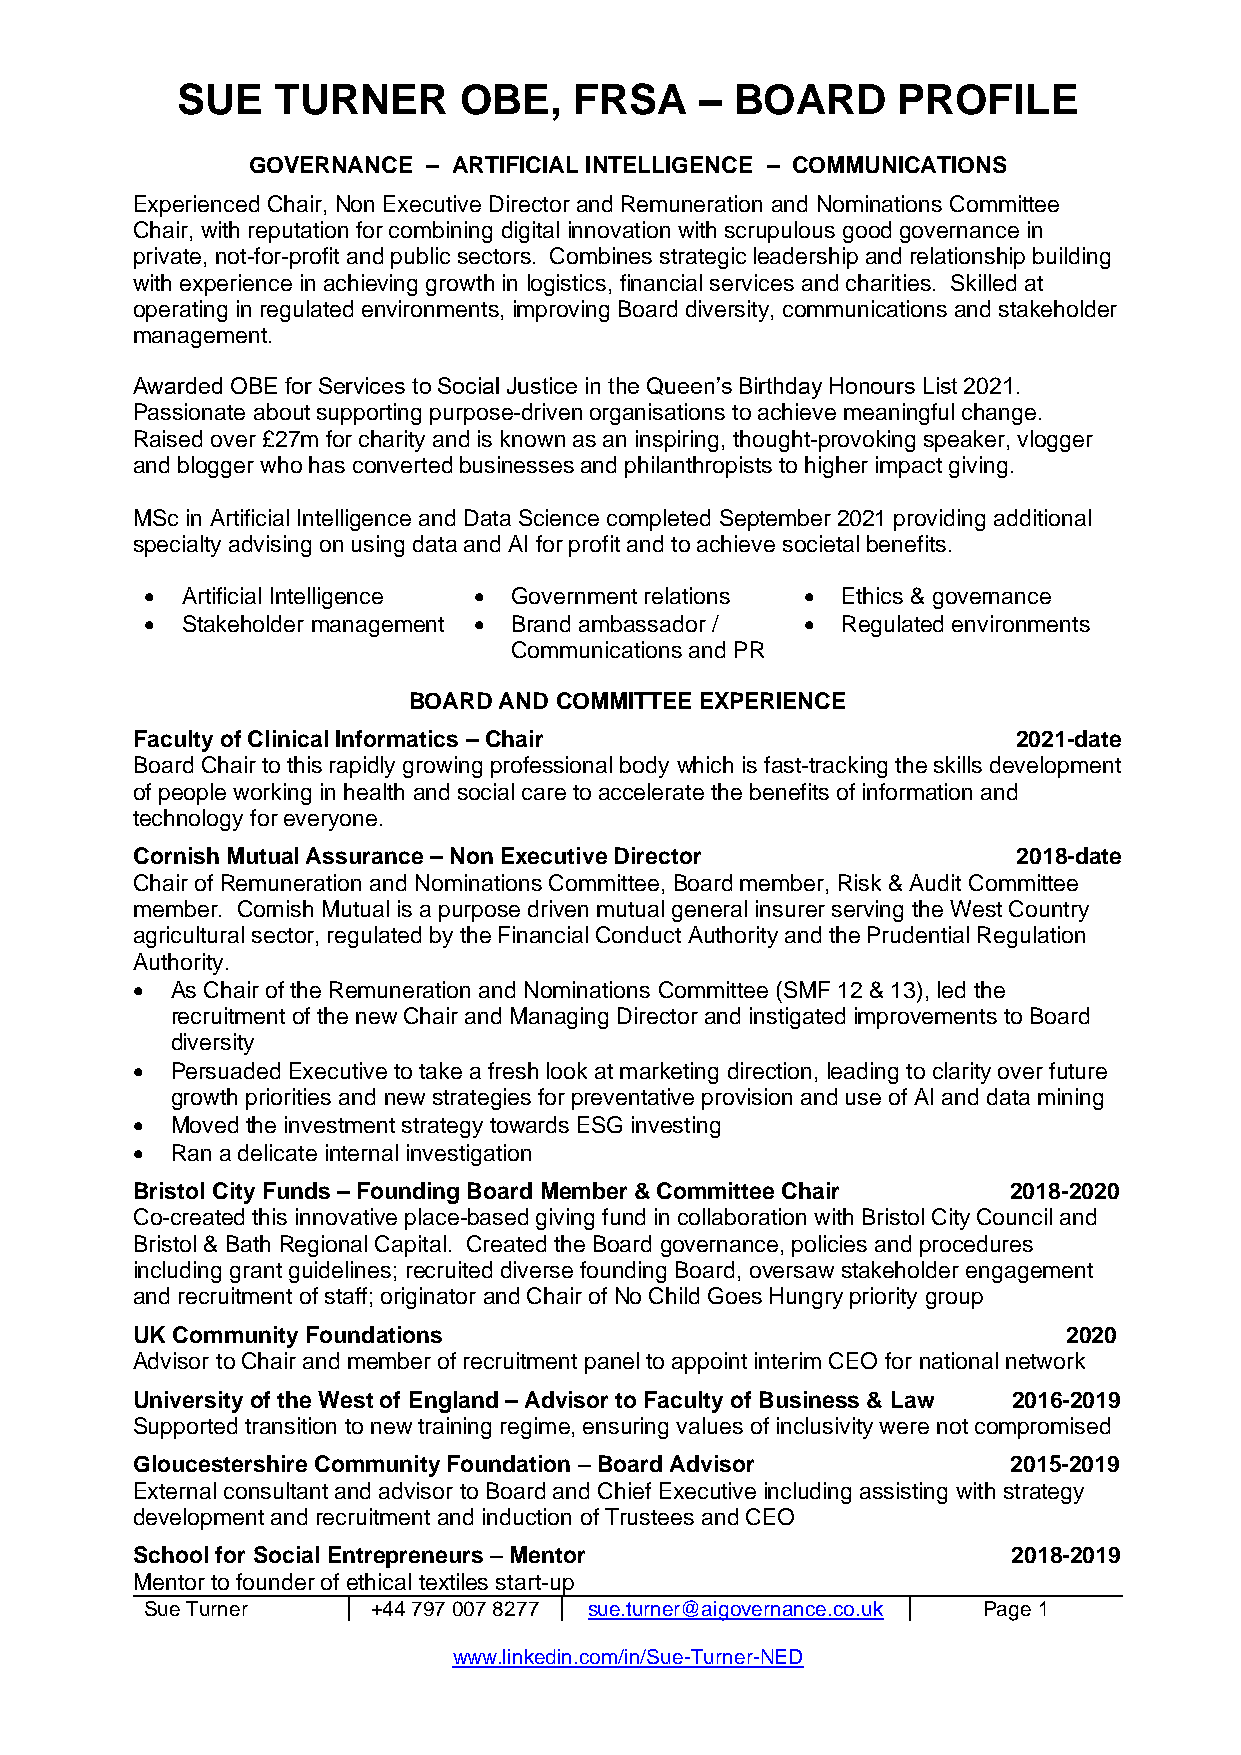
SUE   TURNER      OBE,    FRSA    –  BOARD     PROFILE
 GOVERNANCE  – ARTIFICIAL INTELLIGENCE – COMMUNICATIONS
 Experienced Chair, Non Executive Director and Remuneration and Nominations Committee
 Chair, with reputation for combining digital innovation with scrupulous good governance in
 private, not-for-profit and public sectors. Combines strategic leadership and relationship building
 with experience in achieving growth in logistics, financial services and charities. Skilled at
 operating in regulated environments, improving Board diversity, communications and stakeholder
 management.
 Awarded OBE for Services to Social Justice in the Queen’s Birthday Honours List 2021.
 Passionate about supporting purpose-driven organisations to achieve meaningful change.
 Raised over £27m for charity and is known as an inspiring, thought-provoking speaker, vlogger
 and blogger who has converted businesses and philanthropists to higher impact giving.
 MSc in Artificial Intelligence and Data Science completed September 2021 providing additional
 specialty advising on using data and AI for profit and to achieve societal benefits.
 • Artificial Intelligence • Government relations • Ethics & governance
 • Stakeholder management • Brand ambassador / • Regulated environments
 Communications and PR
 BOARD AND COMMITTEE EXPERIENCE
 Faculty of Clinical Informatics – Chair                   2021-date
 Board Chair to this rapidly growing professional body which is fast-tracking the skills development
 of people working in health and social care to accelerate the benefits of information and
 technology for everyone.
 Cornish Mutual Assurance – Non Executive Director         2018-date
 Chair of Remuneration and Nominations Committee, Board member, Risk & Audit Committee
 member. Cornish Mutual is a purpose driven mutual general insurer serving the West Country
 agricultural sector, regulated by the Financial Conduct Authority and the Prudential Regulation
 Authority.
 • As Chair of the Remuneration and Nominations Committee (SMF 12 & 13), led the
 recruitment of the new Chair and Managing Director and instigated improvements to Board
 diversity
 • Persuaded Executive to take a fresh look at marketing direction, leading to clarity over future
 growth priorities and new strategies for preventative provision and use of AI and data mining
 • Moved the investment strategy towards ESG investing
 • Ran a delicate internal investigation
 Bristol City Funds – Founding Board Member & Committee Chair 2018-2020
 Co-created this innovative place-based giving fund in collaboration with Bristol City Council and
 Bristol & Bath Regional Capital. Created the Board governance, policies and procedures
 including grant guidelines; recruited diverse founding Board, oversaw stakeholder engagement
 and recruitment of staff; originator and Chair of No Child Goes Hungry priority group
 UK Community Foundations                                      2020
 Advisor to Chair and member of recruitment panel to appoint interim CEO for national network
 University of the West of England – Advisor to Faculty of Business & Law 2016-2019
 Supported transition to new training regime, ensuring values of inclusivity were not compromised
 Gloucestershire Community Foundation – Board Advisor      2015-2019
 External consultant and advisor to Board and Chief Executive including assisting with strategy
 development and recruitment and induction of Trustees and CEO
 School for Social Entrepreneurs – Mentor                  2018-2019
 Mentor to founder of ethical textiles start-up
 Sue Turner     +44 797 007 8277 sue.turner@aigovernance.co.uk Page 1
 www.linkedin.com/in/Sue-Turner-NED